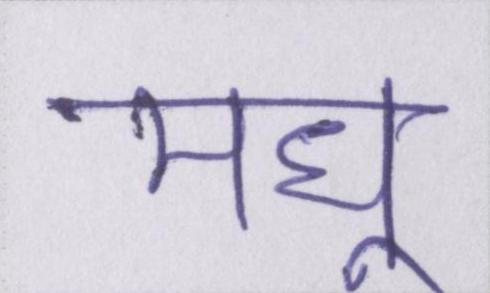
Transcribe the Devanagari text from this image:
मधु